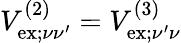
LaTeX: V_{\mathrm{ex};\nu\nu^{\prime}}^{(2)}=V_{\mathrm{ex};\nu^{\prime}\nu}^{(3)}